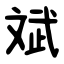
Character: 斌